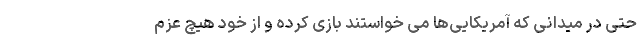
حتی در میدانی که آمریکایی‌ها می خواستند بازی کرده و از خود هیچ عزم